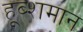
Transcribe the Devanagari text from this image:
हूब्शमान